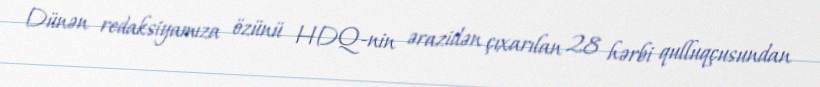
Dünən redaksiyamıza özünü HDQ-nin ərazidən çıxarılan 28 hərbi qulluqçusundan